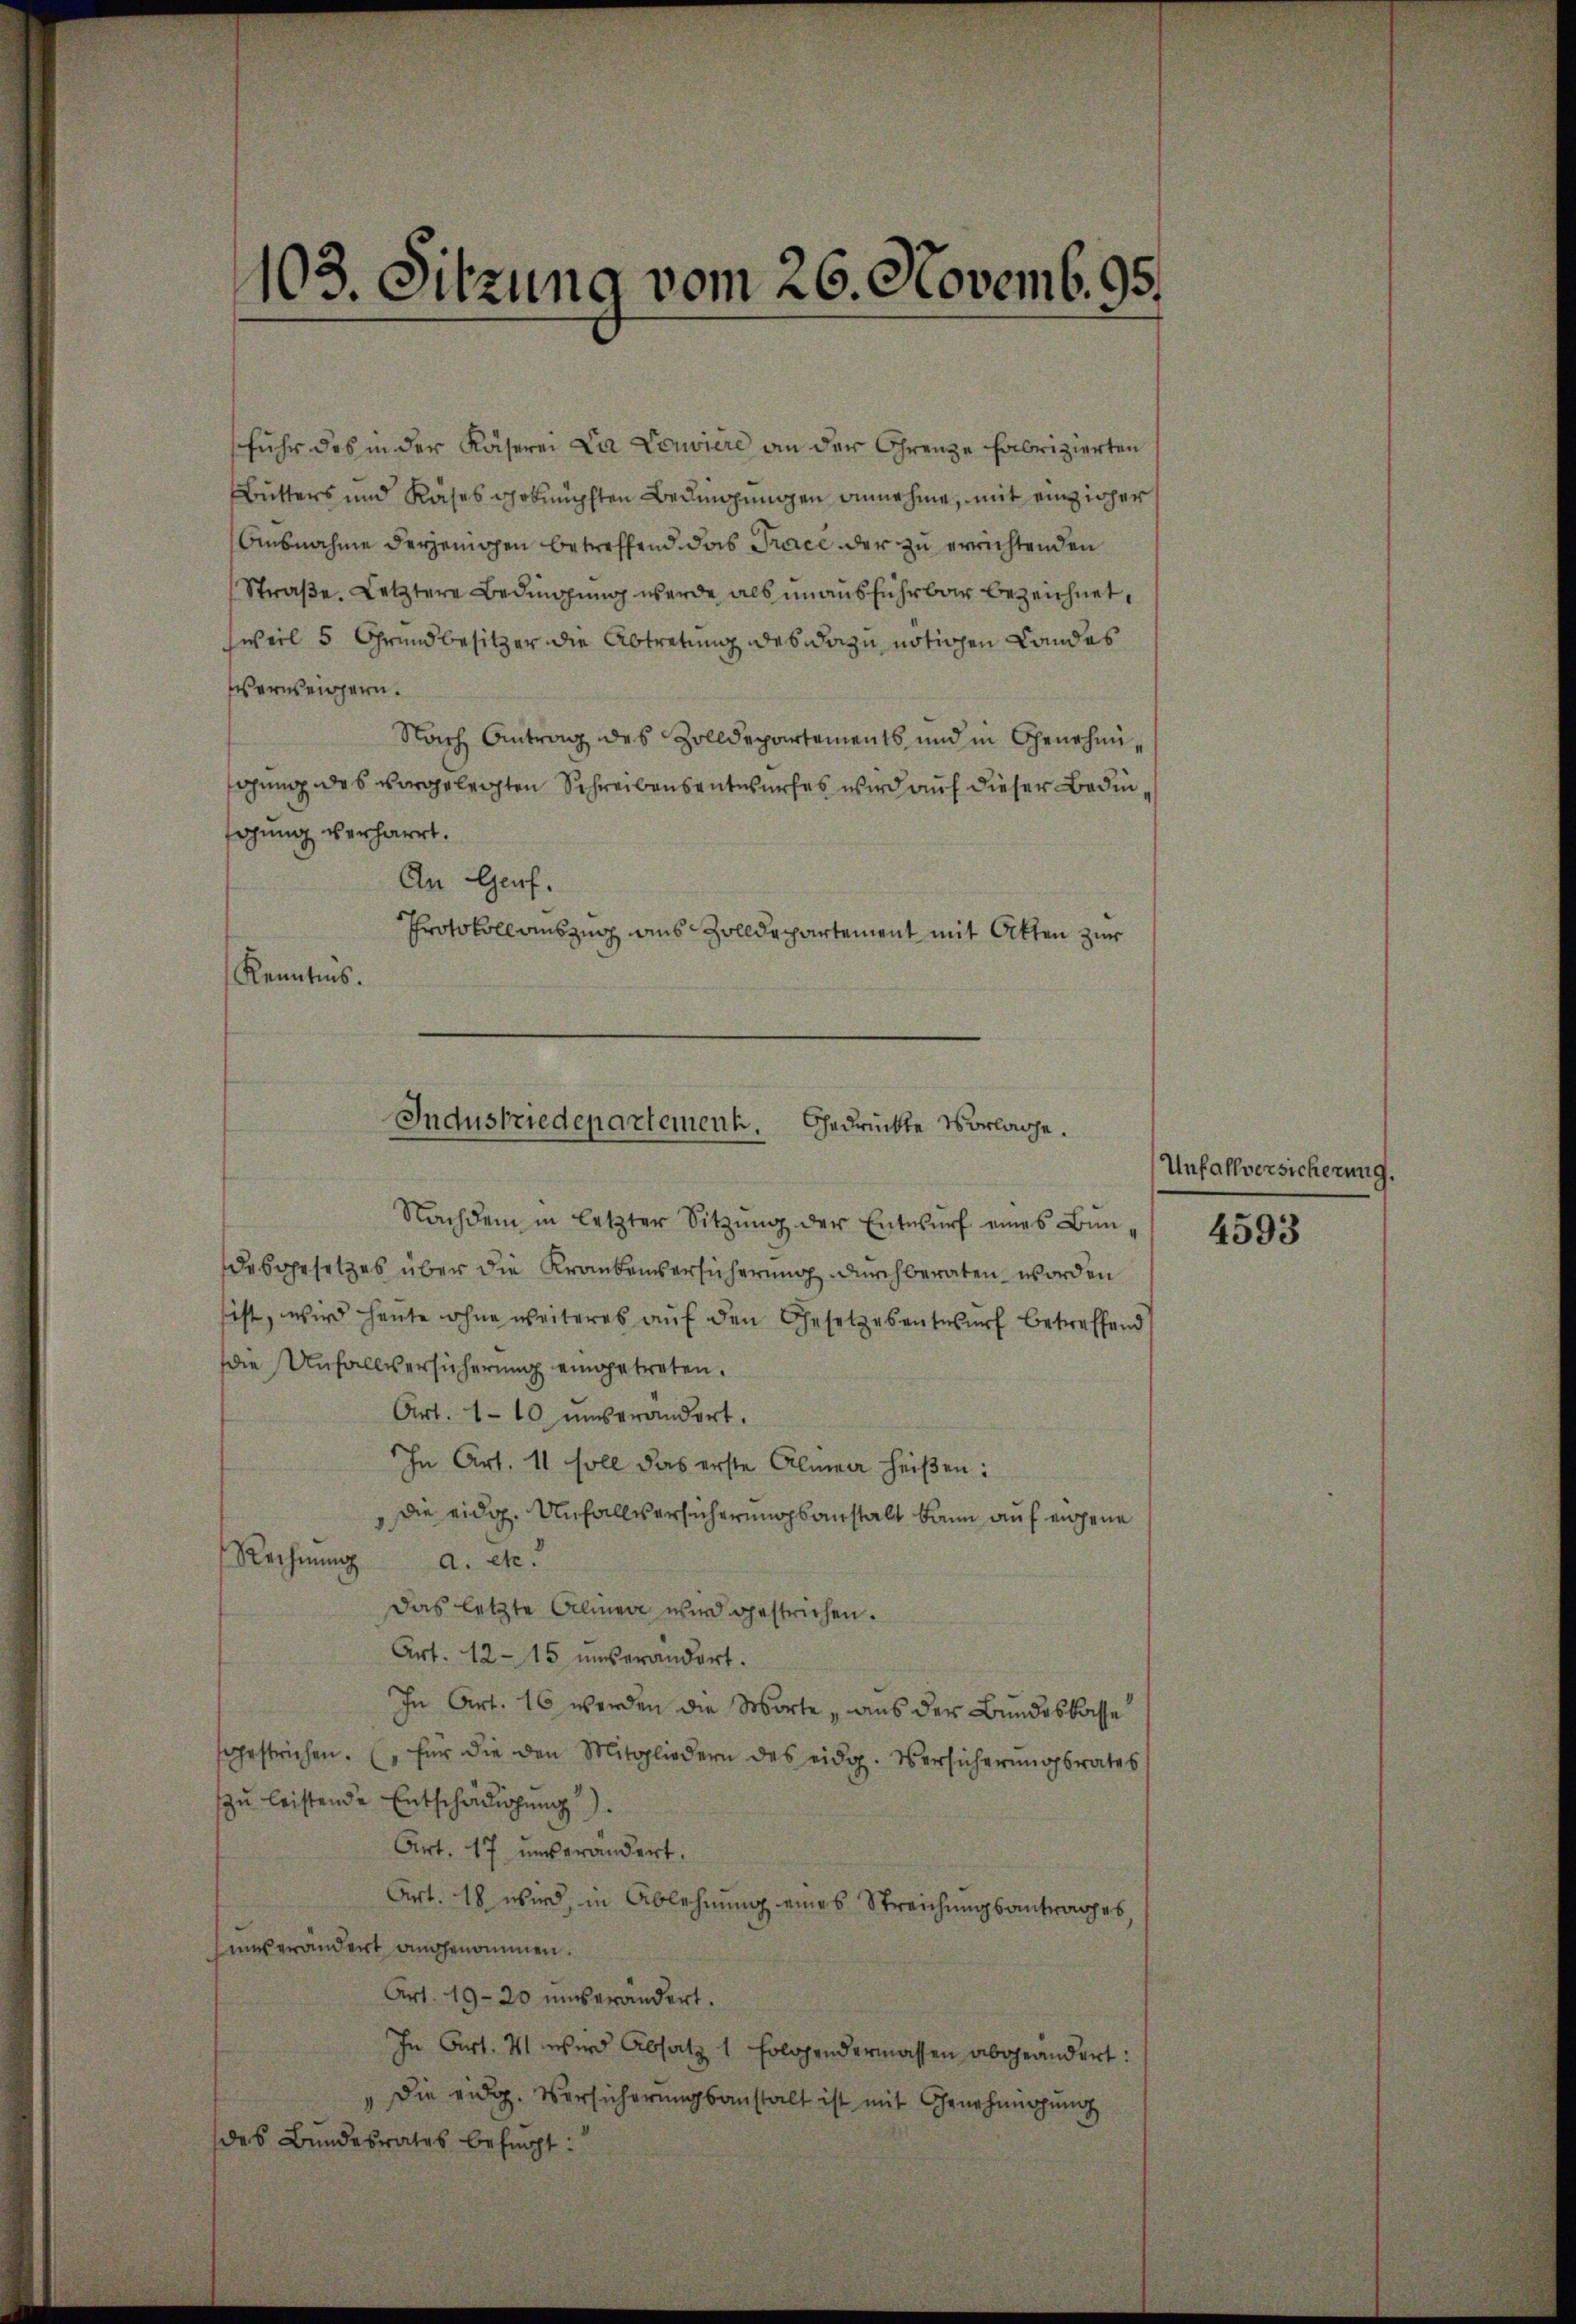
103. Sitzung vom 26. Novemb. 95.

fuhr des in der Käserei La Louviere an der Grenze Fabrizierten
Butters und Käses geknüpften Bedingungen annehme, mit einziger
Ausnahme derjenigen betreffend das Trace der zu errichtenden
Straße. Letztere Bedingung werde als unausführbar bezeichnet,
sweil 5 Grundbesitzer die Abtretung des dazu nötigen Landes
erweisern.
Nach Antrag des Zolldepartements und in Genehmigung des vorgelegten Schreibensentwurfes wird auf dieser Bedinagung verharrt.
An Genf.
Protokoll auszug aus Zolldepartement mit Atten zur
Kenntnis.
Nachdem in letzter Sitzŭng der Entwŭrf eines Bun-
desgesetzes über die Krankensersicherung durchberaten worden
ist, wird heute ohne weiteres auf den Gesetzesentwurf betreffend
die Unfallversicherung eingetreten.
Art. 110 unverändert.
In Art. 11 soll das erste Almen heißen:
die eidg. Unfallversicherungsanstalt kann auf eigene
Rechnung
a. etc.
Das letzte Alinen wird gestrichen.
Art. 1215 unverändert.
In Art. 16 werden die Worte „aus der Bundeskasse
fgestrichen. (für die den Mitgliedern des eidg. Versicherŭngsrates
zu leistende Entschädigung).
Art. 17 unverändert.
Art. 18 wird, in Ablehnung eines Streichungsantrages,
unverändert angenommen.
Art. 1920 unverändert.
In Art. 4 wird Absatz 1 folgendermassen abgeändert:
" die eidg. Versicherungsanstalt ist mit Genehmigung
des Bundesrates befugt:

Industriedepartement.
Gedrückte Vorlage.

Unfallversicherung.

4593